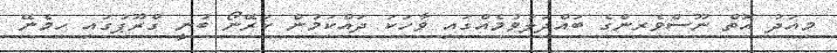
މިއަދު އޮތް ނޫސްވެރިންގެ ބައްދަލުވުމެއްގައި ވާހަކަ ދައްކަމުން ކަރޭނޯ ބުނީ ގްރޫޕުގައި ހިމެނޭ